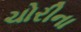
ચોરીના